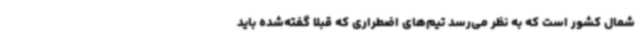
شمال کشور است که به نظر می‌رسد تیم‌های اضطراری که قبلاً گفته‌شده باید